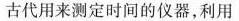
古代用来测定时间的仪器，利用